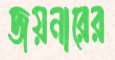
জয়নারের